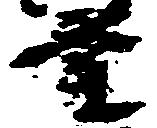
業